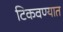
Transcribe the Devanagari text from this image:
टिकवण्यात